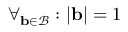
\forall _ { \mathbf { b } \in \mathcal { B } } : | \mathbf { b } | = 1